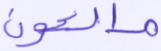
مالكون